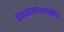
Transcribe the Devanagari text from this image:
शैवशाक्तागमादीनि